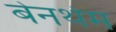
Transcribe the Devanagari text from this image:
बेनथेम